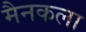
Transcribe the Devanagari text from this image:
मैनकला